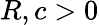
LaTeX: R,c>0